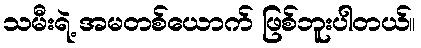
သမီးရဲ့ အမတစ်ယောက် ဖြစ်ဘူးပါတယ်။